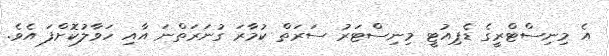
އެ މިނިސްޓްރީގެ ޑެޕިއުޓީ މިނިސްޓަރު ސަރަތް ކުމާރަ ގުނަރަތްނަ އާއި ހަވާލުކޮށްފަ އެވެ.